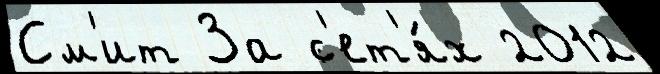
См'ит За с'ет'я́х 2012